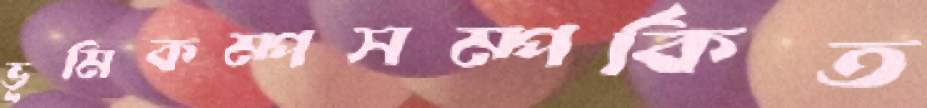
ভূমিকম্পসম্পর্কিত